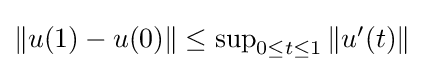
{\textstyle \|u(1)-u(0)\|\leq \sup _{0\leq t\leq 1}\|u^{\prime }(t)\|}